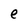
Character: e